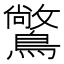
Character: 𪅶